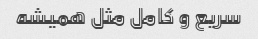
سریع و کامل مثل همیشه